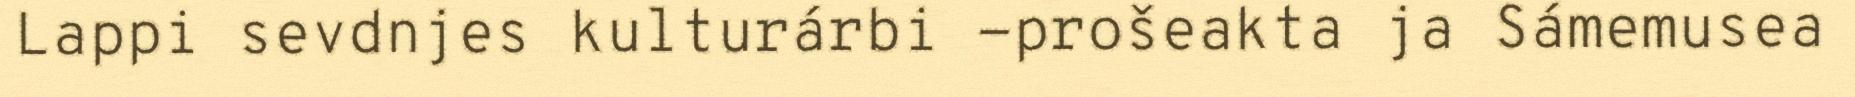
Lappi sevdnjes kulturárbi -prošeakta ja Sámemusea